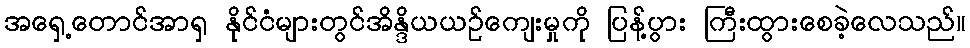
အရှေ့တောင်အာရှ နိုင်ငံများတွင်အိန္ဒိယယဉ်ကျေးမှုကို ပြန့်ပွား ကြီးထွားစေခဲ့လေသည်။